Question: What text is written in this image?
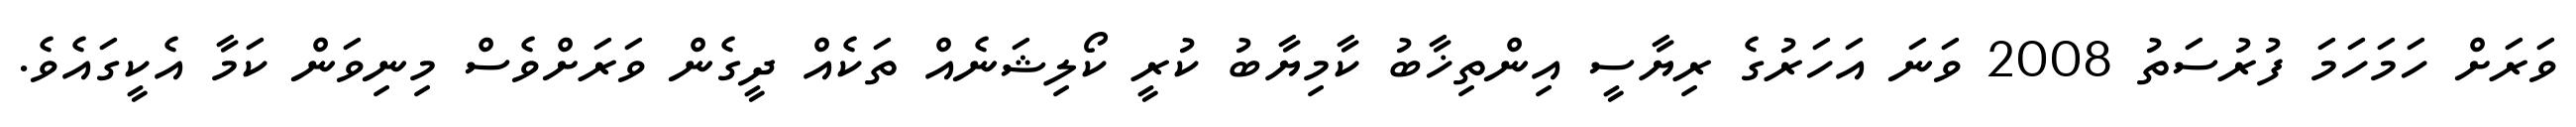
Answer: ވަރަށް ހަމަހަމަ ފުރުސަތު 2008 ވަނަ އަހަރުގެ ރިޔާސީ އިންތިޚާބު ކާމިޔާބު ކުރީ ކޯލިޝަނެއް ތަކެއް ދީގެން ވަރަށްވެސް މިނިވަން ކަމާ އެކީގައެވެ.